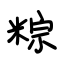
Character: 粽